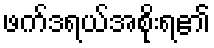
ဖက်ဒရယ်အစိုးရ၏